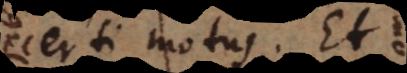
certi motus. Et